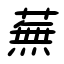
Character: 蕪